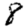
Digit: 8